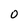
Character: 0